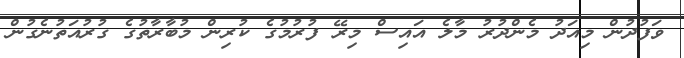
ވަފުދުން މިއަދު މެންދުރު މާލެ އައިސް މިރޭ ފުރުމުގެ ކުރިން މުބާރާތުގެ ގުރުއަތުނެގުން